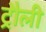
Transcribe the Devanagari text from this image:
ट्रौली